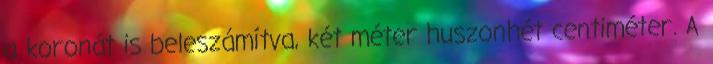
a koronát is beleszámítva, két méter huszonhét centiméter. A